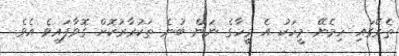
ތެރޭގައި ހިމެނޭ މީހަކު އެ މީހާގެ ނަން ބުނެ ތަކުރާރުކޮށް ގޮވާފައިވެ އެވެ.